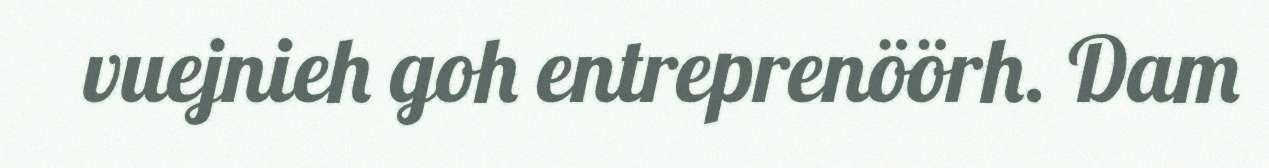
vuejnieh goh entreprenöörh. Dam